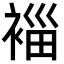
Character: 𮖓